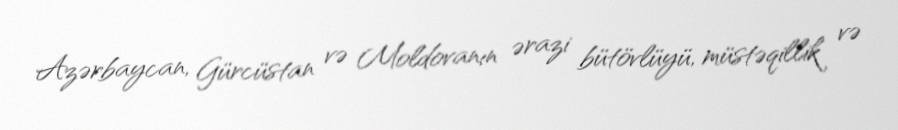
Azərbaycan, Gürcüstan və Moldovanın ərazi bütövlüyü, müstəqillik və